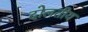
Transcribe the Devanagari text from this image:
दोलतीय